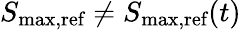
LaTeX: S_{\textrm{max,ref}}\neq S_{\textrm{max,ref}}(t)